Report on sanitation, dispensaries, and jails in Rajputana for 1920, and on vaccination for the year 1920-1921 - 1920-1921
Year: 1920
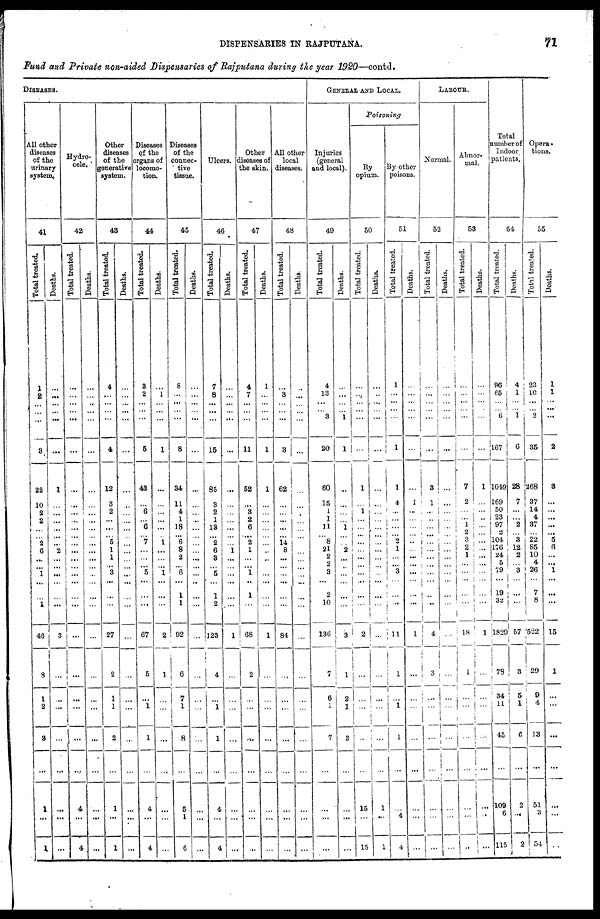
DISPENSARIES IN RAJPUTANA.
71
Fund and Private non-aided Dispensaries of Rajputana during the year 1920—contd.
DISEASES.
All other
diseases
of the
urinary
system.
41
Total treated.
1
2
...
...
...
3
22
10
2
2
...
...
2
6
...
...
1
...
...
1
46
8
1
2
3
...
1
...
1
Deaths.
...
...
...
...
...
...
1
...
...
...
...
...
...
2
...
...
...
...
...
...
3
...
...
...
...
...
...
...
...
Hydro¬
cele.
42
Total treated.
...
...
...
...
...
...
...
...
...
...
...
...
...
...
...
...
...
...
...
...
...
...
...
...
...
...
4
...
4
Deaths.
...
...
...
...
...
...
...
...
...
...
...
...
...
...
...
...
...
...
...
...
...
...
...
...
...
...
...
...
...
Other
diseases
of the
generative
system.
43
Total treated.
4
...
...
...
...
4
12
3
2
...
...
...
5
1
1
...
3
...
...
...
27
2
1
1
2
...
1
...
1
Deaths.
...
...
...
...
...
...
...
...
...
...
...
...
...
...
...
...
...
...
...
...
...
...
...
...
...
...
...
...
...
Diseases
of the
organs of
locomo-
tion.
44
Total treated.
3
2
...
...
...
6
43
...
6
...
6
...
7
...
...
...
5
...
...
...
67
5
...
1
1
...
4
...
4
Deaths.
...
1
...
...
...
7
...
...
...
...
...
...
1
...
...
...
1
...
...
...
2
1
...
...
...
...
...
...
...
Diseases
of the
connec¬
tive
tissue.
45
Total treated.
8
...
...
...
...
8
34
11
4
1
18
...
6
8
2
...
6
...
1
1
92
6
7
1
8
...
5
1
6
Deaths.
...
...
...
...
...
...
...
...
...
...
...
...
...
...
...
...
...
..
...
...
...
...
...
...
...
...
...
...
...
Ulcers.
46
Total treated.
7
8
...
...
...
15
85
3
2
1
13
...
...
6
3
...
5
...
1
2
123
4
...
1
1
...
4
...
4
Deaths.
...
...
...
...
...
...
...
...
...
...
...
...
...
1
...
...
...
...
...
...
1
...
...
...
...
...
...
...
...
Other
diseases of
the skin.
47
Total treated.
4
7
...
...
...
11
52
...
3
2
6
...
2
1
...
...
1
...
1
...
68
2
...
...
...
...
...
...
...
Deaths.
1
...
...
...
...
1
1
...
...
...
...
...
...
...
...
...
...
...
...
...
1
...
...
...
...
...
...
...
...
All other
local
diseases.
48
Total treated.
...
3
...
...
...
3
62
...
...
...
...
...
14
8
...
...
...
...
...
...
84
...
...
...
...
...
...
...
...
Deaths.
...
...
...
...
...
...
...
...
...
...
...
...
...
...
...
...
...
...
...
...
...
...
...
...
...
...
...
...
...
GENERAL AND LOCAL.
Injuries
(general
and local).
49
Total treated.
4
13
...
... 3
20
60
15
1
1
11
...
8
21
2
2
3
...
2
10
136
7
6
1
7
...
...
...
...
Deaths.
...
...
...
...
1
1
...
...
...
...
1
...
...
2
...
...
...
...
...
...
3
1
2
1
3
...
...
...
...
Poisoning
By
opium.
50
Total treated.
...
...
...
...
...
...
1
...
1
...
...
...
...
...
...
...
...
...
...
...
2
...
...
...
1
...
15
...
15
Deaths.
...
...
...
...
...
...
...
...
...
...
...
...
...
...
...
...
...
...
...
...
...
...
...
...
...
...
1
...
1
By other
poisons.
51
Total treated.
1
...
...
...
...
1
1
4
...
...
...
...
2
1
...
...
3
...
...
...
11
1
...
1
1
...
...
4
4
Deaths.
...
...
...
...
...
...
...
1
...
...
...
...
...
...
...
...
...
...
...
...
1
...
...
...
...
...
...
...
...
LABOUR.
Normal.
52
Total treated.
...
...
...
...
...
...
3
1
...
...
...
...
...
...
...
...
...
...
...
...
4
3
...
...
...
...
...
...
...
Deaths.
...
...
...
...
...
...
...
...
...
...
...
...
...
...
...
...
...
...
...
...
...
...
...
...
...
...
...
...
...
Abnor-
mal.
53
Total treated.
...
...
...
...
...
...
7
2
...
...
1
2
3
2
1
...
...
...
...
...
18
1
...
...
...
...
...
...
...
Deaths.
...
...
...
...
...
...
1
...
...
...
...
...
...
...
...
...
...
...
...
...
1
...
...
...
...
...
...
...
...
Total
number of
Indoor.
patients.
54
Total treated.
96
65
...
...
6
167
1049
169
50
23
97
2
104
176
24
5
79
...
19
32
1829
78
34
11
45
...
109
...
115
Deaths.
4
1
...
... 1
6
28
7
...
...
2
...
3
12
2
...
3
...
...
...
57
3
5
1
6
...
2
...
2
Opera¬
tions.
55
Total treated.
23
10
...
... 2
35
268
37
14
4
37
...
22
85
10
4
26
...
7
8
522
29
9
...
13
...
51
...
54
Deaths.
1
1
...
...
...
2
3
...
...
...
...
...
5
6
...
...
1
...
...
...
15
1
...
...
...
...
...
...
...